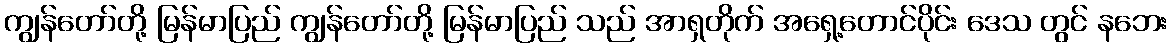
ကျွန်တော်တို့ မြန်မာပြည် ကျွန်တော်တို့ မြန်မာပြည် သည် အာရှတိုက် အရှေ့တောင်ပိုင်း ဒေသ တွင် နဘေး